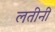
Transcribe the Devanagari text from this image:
लतीनी